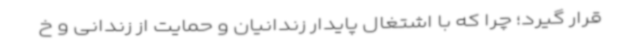
قرار گیرد؛ چرا که با اشتغال پایدار زندانیان و حمایت از زندانی و خ